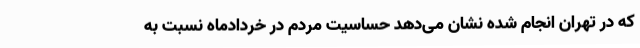
که در تهران انجام شده نشان می‌دهد حساسیت مردم در خردادماه نسبت به